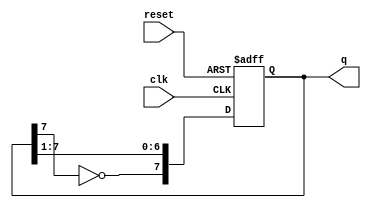
module johnson_counter (
    input wire clk,        // Clock input
    input wire reset,      // Reset input
    output reg [7:0] q     // 8-bit output
);

always @(posedge clk or posedge reset) begin
    if (reset) begin
        q <= 8'b00000000; // Initialize counter to 0 on reset
    end else begin
        q <= {~q[7], q[7:1]}; // Shift right and feed inverted Q7 into D0
    end
end

endmodule